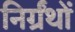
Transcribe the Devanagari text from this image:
निर्ग्रंथों